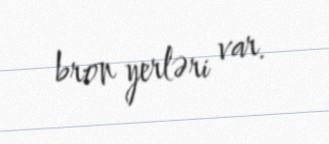
bron yerləri var.